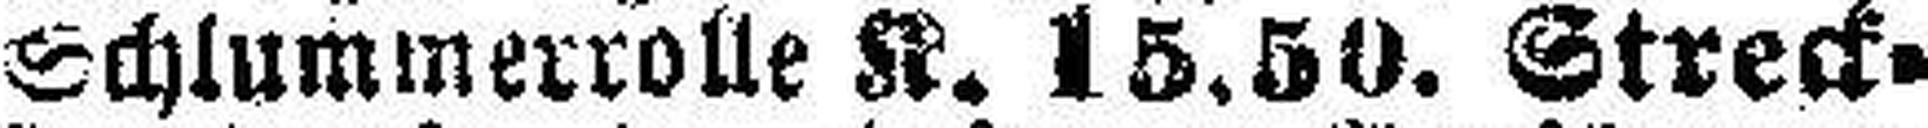
Schlummerrolle K. 15.50. Streck¬